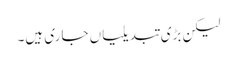
لیکن بڑی تبدیلیاں جاری ہیں۔